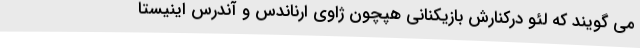
می گویند که لئو درکنارش بازیکنانی هپچون ژاوی‌ ارناندس و آندرس اینیستا